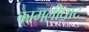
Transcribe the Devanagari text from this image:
कामलीघाट